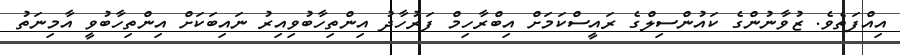
އިއްފަތެވެ. ޒުވާނުންގެ ކައުންސިލްގެ ރައީސްކަމަށް އިބްރާހިމް ފަރުހާދު އިންތިހާބުވިއިރު ނައިބަކަށް އިންތިހާބުވީ އާމިނަތު